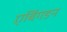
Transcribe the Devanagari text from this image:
एबिंगडन